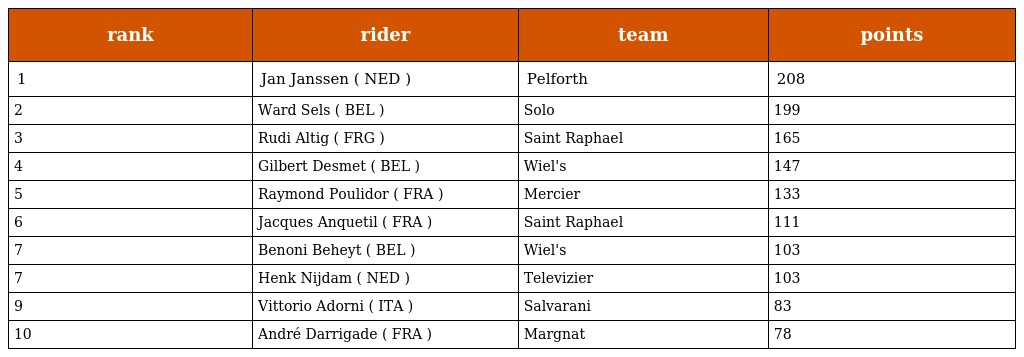
| rank | rider | team | points |
 | --- | --- | --- | --- |
 | 1 | Jan Janssen ( NED ) | Pelforth | 208 |
 | 2 | Ward Sels ( BEL ) | Solo | 199 |
 | 3 | Rudi Altig ( FRG ) | Saint Raphael | 165 |
 | 4 | Gilbert Desmet ( BEL ) | Wiel's | 147 |
 | 5 | Raymond Poulidor ( FRA ) | Mercier | 133 |
 | 6 | Jacques Anquetil ( FRA ) | Saint Raphael | 111 |
 | 7 | Benoni Beheyt ( BEL ) | Wiel's | 103 |
 | 7 | Henk Nijdam ( NED ) | Televizier | 103 |
 | 9 | Vittorio Adorni ( ITA ) | Salvarani | 83 |
 | 10 | André Darrigade ( FRA ) | Margnat | 78 |